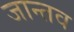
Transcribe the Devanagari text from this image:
जान्तव